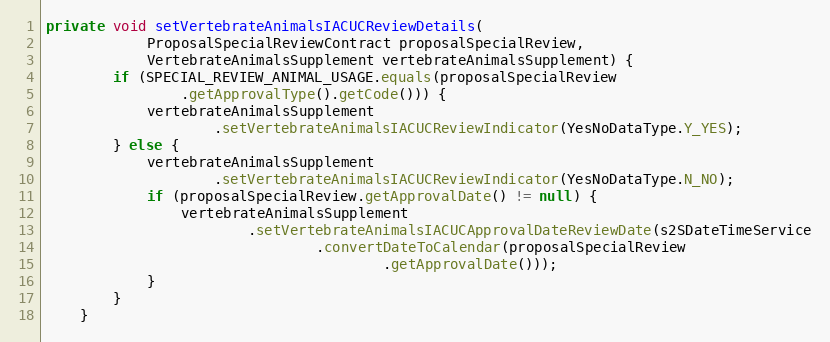
Language: Java
private void setVertebrateAnimalsIACUCReviewDetails(
			ProposalSpecialReviewContract proposalSpecialReview,
			VertebrateAnimalsSupplement vertebrateAnimalsSupplement) {
		if (SPECIAL_REVIEW_ANIMAL_USAGE.equals(proposalSpecialReview
				.getApprovalType().getCode())) {
			vertebrateAnimalsSupplement
					.setVertebrateAnimalsIACUCReviewIndicator(YesNoDataType.Y_YES);
		} else {
			vertebrateAnimalsSupplement
					.setVertebrateAnimalsIACUCReviewIndicator(YesNoDataType.N_NO);
			if (proposalSpecialReview.getApprovalDate() != null) {
				vertebrateAnimalsSupplement
						.setVertebrateAnimalsIACUCApprovalDateReviewDate(s2SDateTimeService
								.convertDateToCalendar(proposalSpecialReview
										.getApprovalDate()));
			}
		}
	}